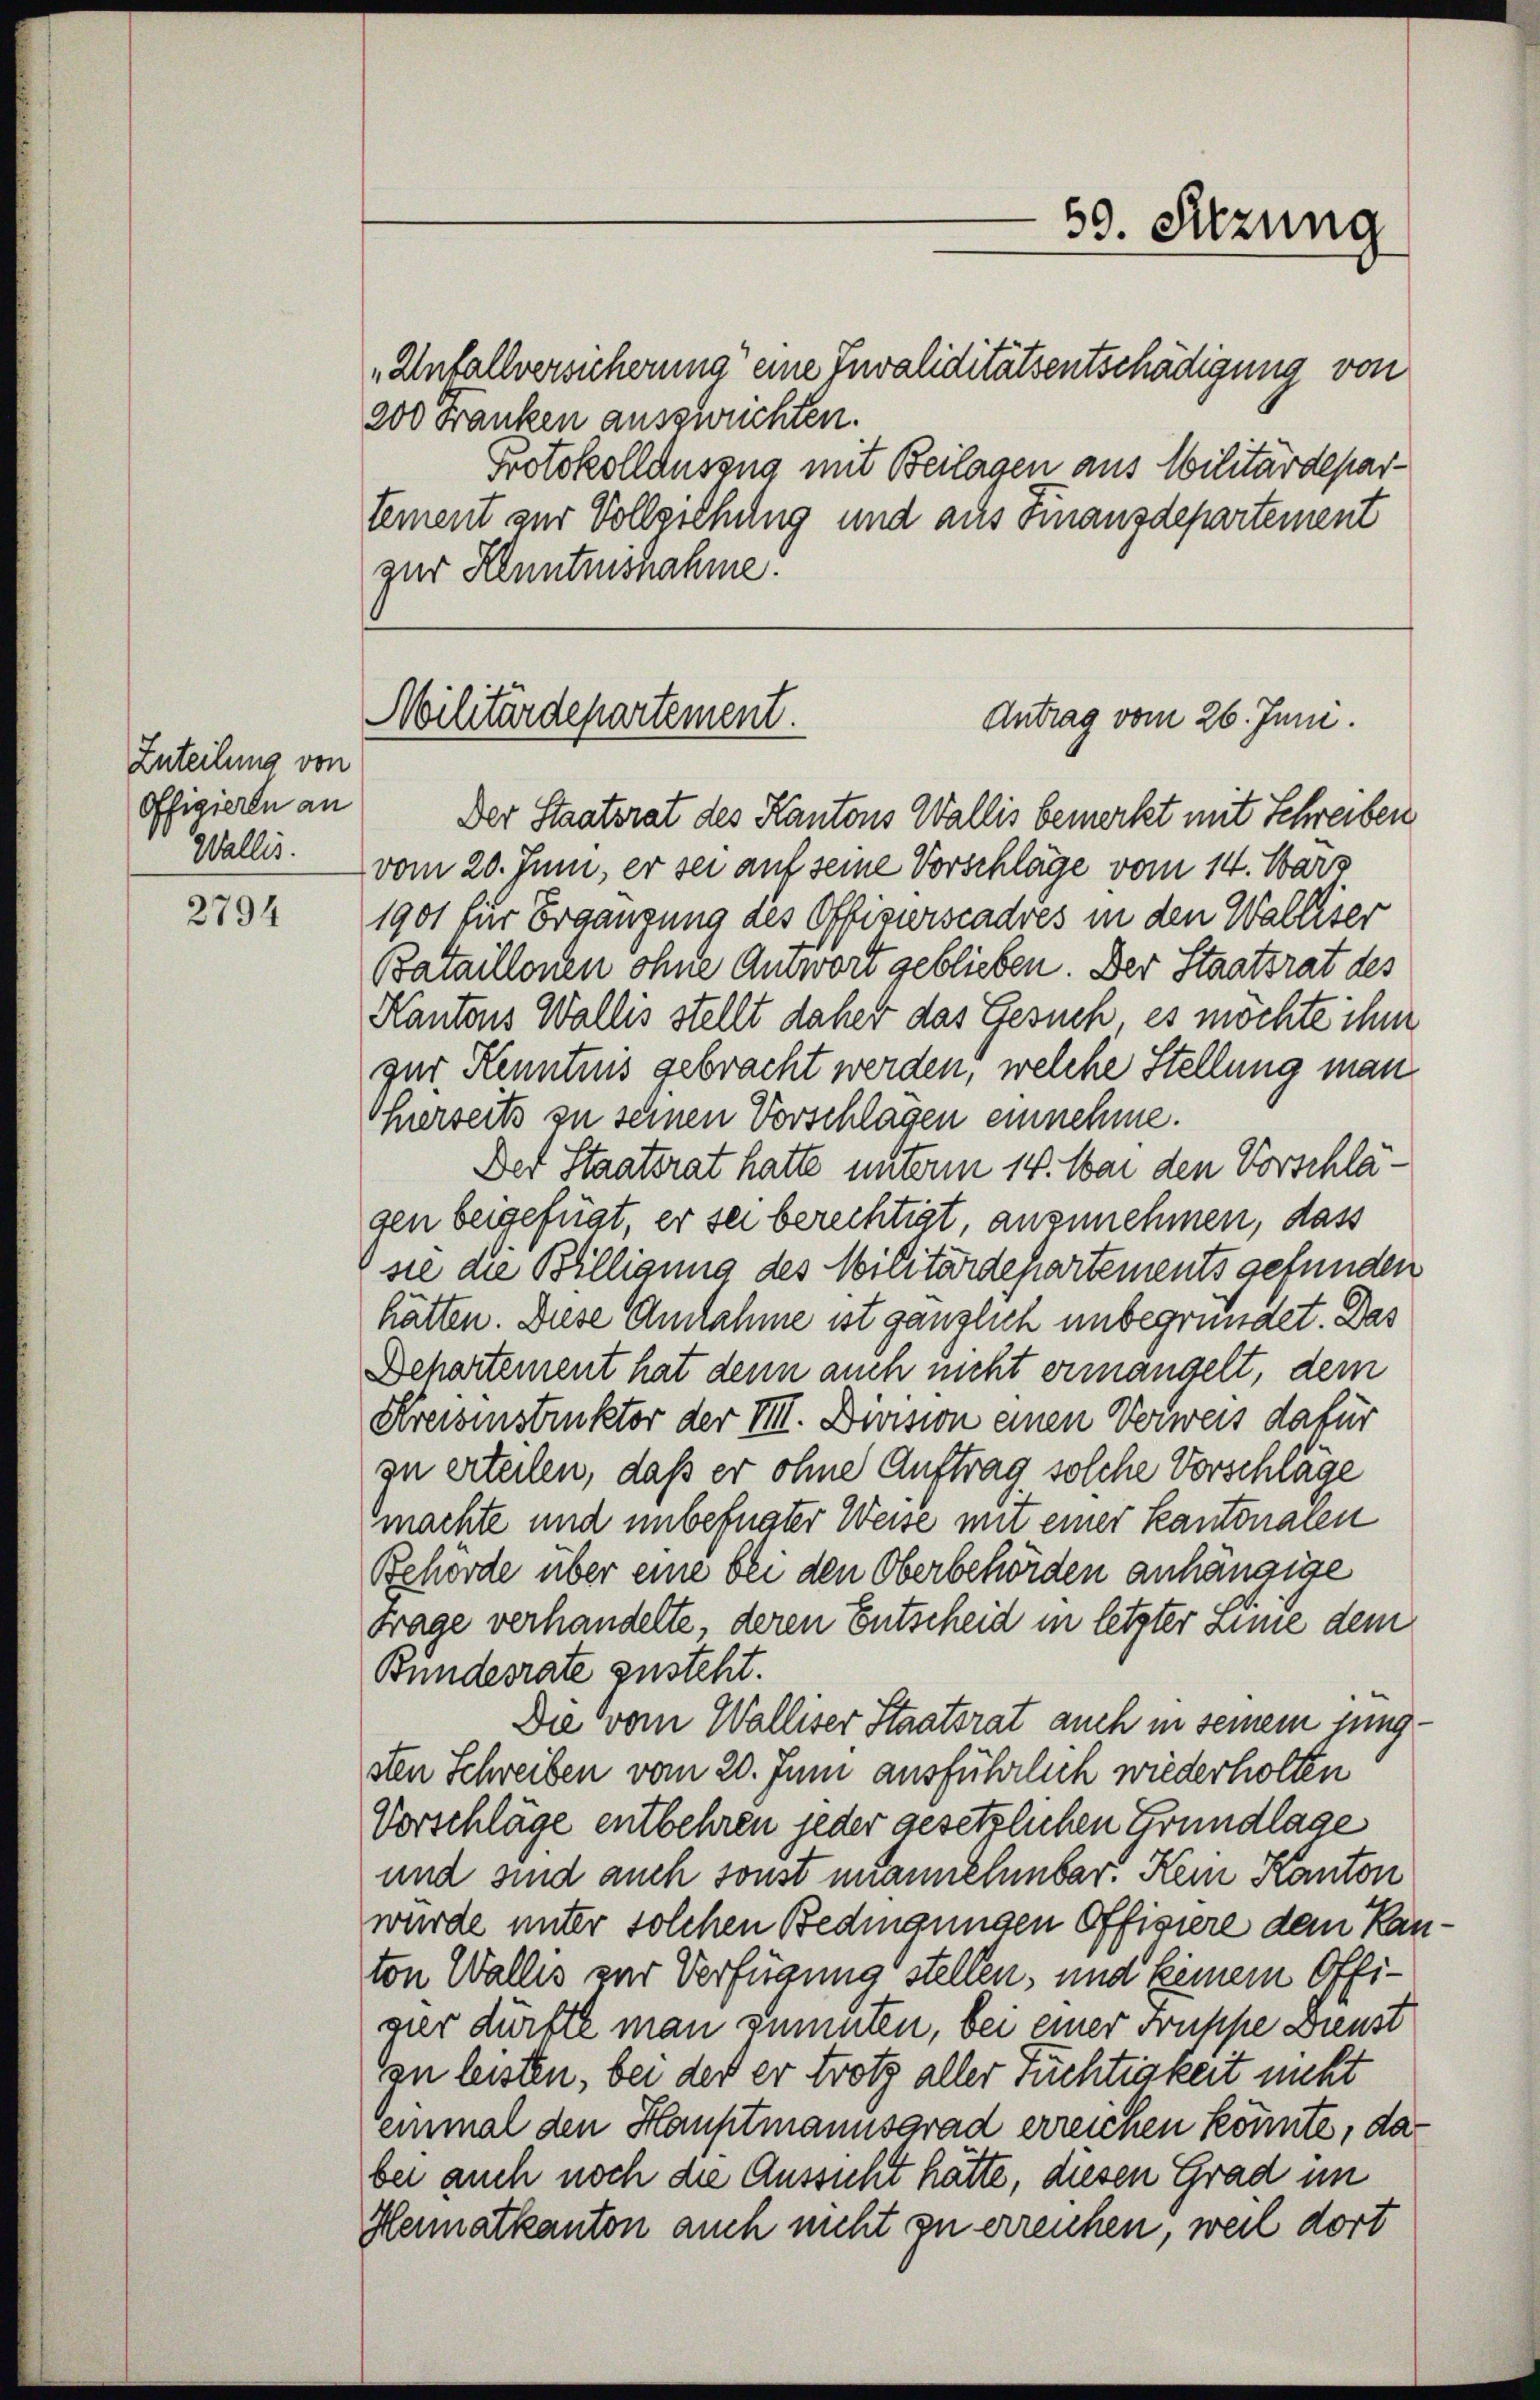
Zuteilung von
Offigieren an
Wallis.

2794

„Unfallversicherung eine Invaliditätsentschädigung von
200 Franken auszurichten.
Protokollausung mit Beilagen aus Militärdepartement zur Vollziehung und aus Finanzdepartement
zur Kenntnisnahme.

Der Staatsrat des Kantons Wallis bemerkt mit Schreiben
vom 20. Juni, er sei auf seine Vorschläge vom 14. März
1901 für Ergangung des Offizierscadres in den Walliser
Bataillonen ohne Antwort geblieben. Der Staatsrat des
Kantons Wallis stellt daher das Gesuch es möchte ihm
zur Kenntnis gebracht werden, welche Stellung man
herseits zu seinen Vorschlägen einnehme.
Der Staatsrat hatte unterm 14. Mai den Vorschlägen beigefügt, er sei berechtigt, anzunehmen, dass
sie die Billigung des Militärdepartements gefunden
hätten. Diese Anlahme ist gänzlich unbegründet. Das
Departement hat denn auch nicht ermangelt, dem
Kreisinstruktor der VIII. Devision einen Verweis dafür
zu erteilen, daß er ohne Auftrag solche Vorschläge
machte und unbefugter Weise mit einer Kantonalen
Behörde über eine bei den Oberbehörden anhängige
Frage verhandelte, deren Entscheid in letzter Linie dem
Bundesrate zusteht.
Die vom Walliser Staatsrat auch in seinem jungsten Schreiben vom 20. Juni ausführlich wiederholten
Vorschläge entbehren jeder gesetzlichen Grundlage
und sind auch sonst mannehmbar. Kein Kanton
wurde unter solchen Bedingungen Offisiere dem Kanton Wallis zur Verfügung stellen, und keinem Offigier dürfte man sinnten, bei einer Truppe Dienst
zu leisten, bei der er trotz aller Tüchtigkeit nicht
einmal den Hauptmannsgrad erreichen könnte, das
bei auch noch die Aussicht hätte, diesen Grad im
Heimatkanton auch nicht zu erreichen, weil dort

59. Sitzung

Militärdepartement.
Antrag vom 26. Juni.